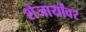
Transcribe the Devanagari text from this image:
शेजार्यांवर